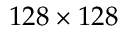
1 2 8 \times 1 2 8